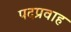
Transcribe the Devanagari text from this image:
पदप्रवाह